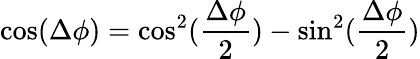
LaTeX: \cos(\Delta\phi)=\cos^{2}(\frac{\Delta\phi}{2})-\sin^{2}(\frac{\Delta\phi}{2})